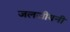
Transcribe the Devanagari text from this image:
जलजीवनी